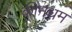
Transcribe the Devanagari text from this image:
कीनधम